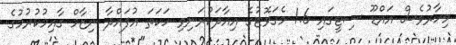
މިހާރުވެސް އައްޑޫ ސިޓީގައި 1.6 މެގަވޮޓުގެ އިއާދަކުރަނިވި ހަކަތަ އުފައްދާ ނިޒާމް ގާއިމުކުރުމުގެ